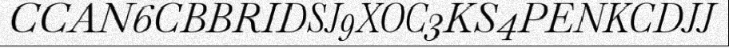
CCAN6CBBRIDSJ9XOC3KS4PENKCDJJ